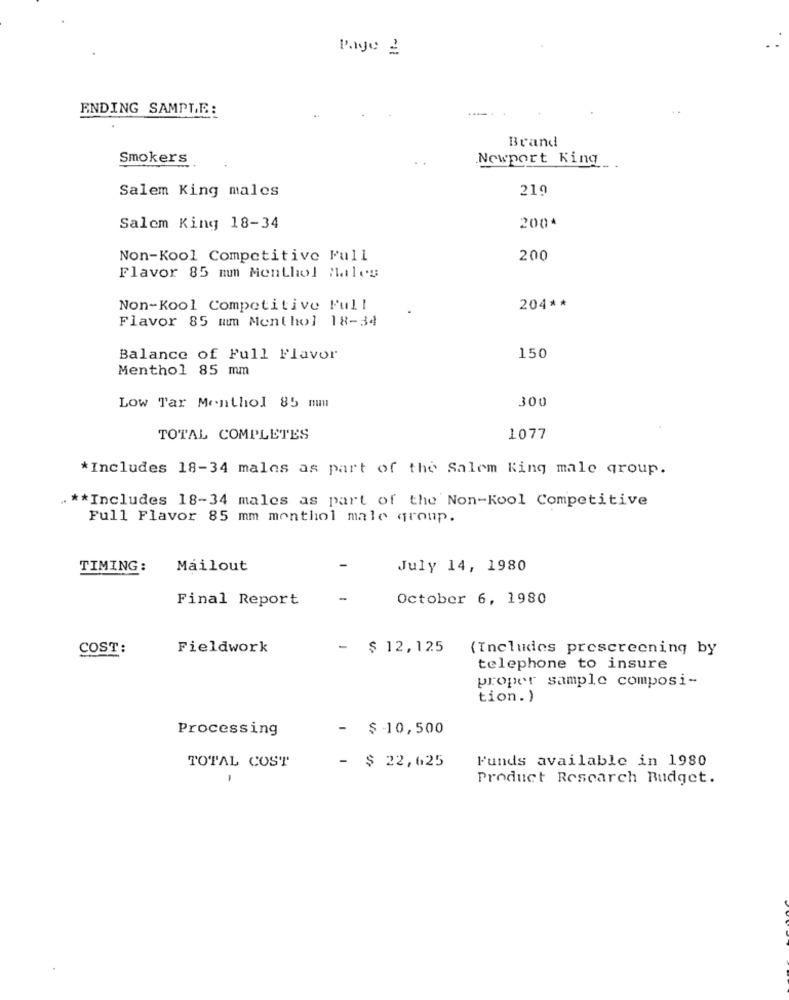
Page 2
ENDING SAMPLE:
Brand
Smokers
Newport King
Salem King males
219
200*
Salem King 18-34
Non-Kool Competitive Full
200
Flavor 85 mm Menthol Males
Non-Kool Competitive Full
204 **
Flavor 85 mm Menthol 18-34
Balance of Full Flavor
150
Menthol 85 mm
300
Low Tar Menthol 85 mm
TOTAL COMPLETES
1077
*Includes 18-34 males as part of the Salem King male group.
** Includes 18-34 males as part of the Non-Kool Competitive
Full Flavor 85 mm monthol male group.
TIMING :
Mailout
July 14, 1980
Final Report
October 6, 1980
COST:
Fieldwork
-
$ 12,125
(Includes prescreening by
telephone to insure
proper sample composi-
tion.)
Processing
- $10,500
Funds available in 1980
TOTAL COST
- $ 22,625
-
Product Rescarch Budget.